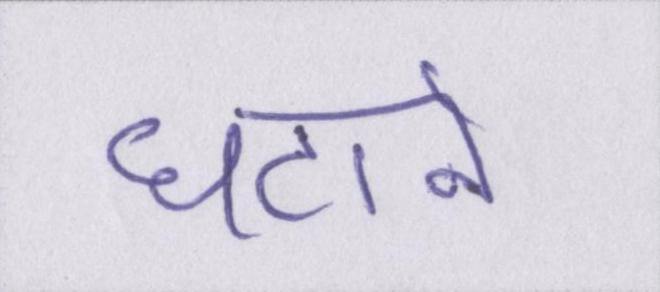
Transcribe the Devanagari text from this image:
घटाने